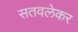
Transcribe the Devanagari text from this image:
सतवलेकर